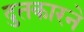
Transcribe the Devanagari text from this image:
दुतकारने